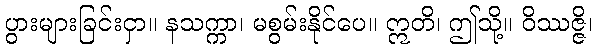
ပွားများခြင်းငှာ။ နသက္ကာ၊ မစွမ်းနိုင်ပေ။ ဣတိ၊ ဤသို့။ ဝိဿဇ္ဇိ၊